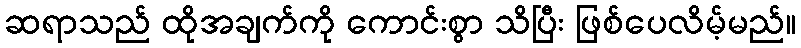
ဆရာသည် ထိုအချက်ကို ကောင်းစွာ သိပြီး ဖြစ်ပေလိမ့်မည်။